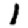
Digit: 1